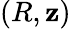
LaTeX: (R,\mathbf{z})